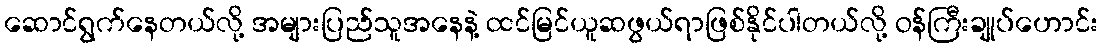
ဆောင်ရွက်နေတယ်လို့ အများပြည်သူအနေနဲ့ ထင်မြင်ယူဆဖွယ်ရာဖြစ်နိုင်ပါတယ်လို့ ဝန်ကြီးချုပ်ဟောင်း